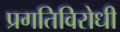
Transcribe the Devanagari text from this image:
प्रगतिविरोधी